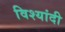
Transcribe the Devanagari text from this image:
विश्यांदी